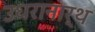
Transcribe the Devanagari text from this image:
उधरानार्थ